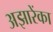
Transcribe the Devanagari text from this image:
अझारेंका